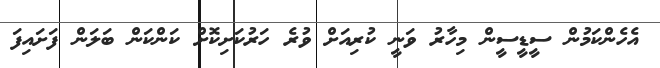
އެހެންކަމުން ސީޑީސީން މިހާރު ވަނީ ކުރިއަށް ވުރެ ހަރުކަށިކޮށް ކަންކަން ބަލަން ފަށައިފަ